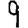
Digit: 9